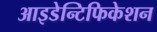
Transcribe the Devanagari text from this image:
आइडेन्टिफिकेशन